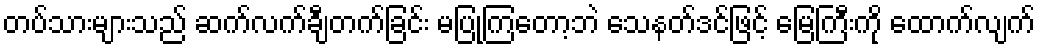
တပ်သားများသည် ဆက်လက်ချီတက်ခြင်း မပြုကြတော့ဘဲ သေနတ်ဒင်ဖြင့် မြေကြီးကို ထောက်လျက်